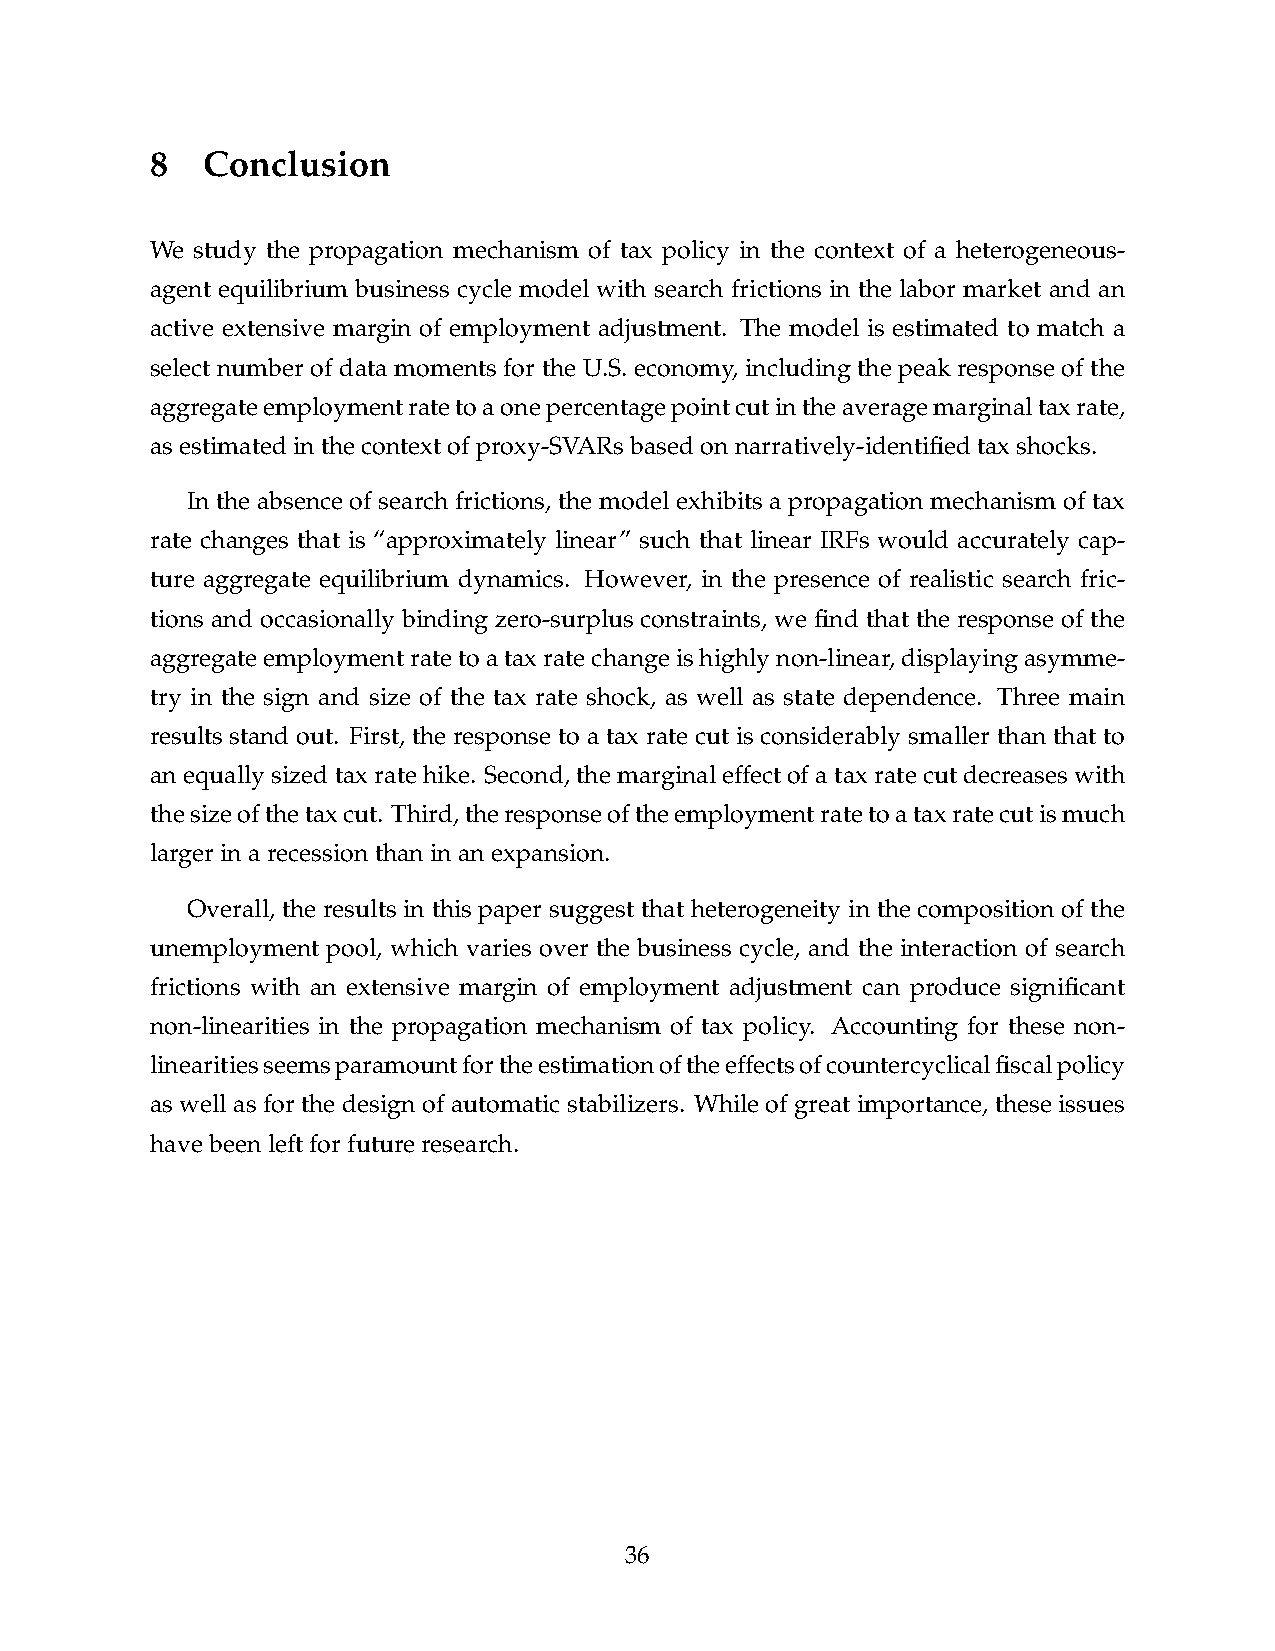
8  Conclusion
 We study the propagation mechanism of tax policy in the context of a heterogeneous-
 agent equilibrium business cycle model with search frictions in the labor market and an
 active extensive margin of employment adjustment. The model is estimated to match a
 select number of data moments for the U.S. economy, including the peak response of the
 aggregateemploymentratetoaonepercentagepointcutintheaveragemarginaltaxrate,
 asestimatedinthecontextofproxy-SVARsbasedonnarratively-identifiedtaxshocks.
 In the absence of search frictions, the model exhibits a propagation mechanism of tax
 rate changes that is “approximately linear” such that linear IRFs would accurately cap-
 ture aggregate equilibrium dynamics. However, in the presence of realistic search fric-
 tions and occasionally binding zero-surplus constraints, we find that the response of the
 aggregateemploymentratetoataxratechangeishighlynon-linear,displayingasymme-
 try in the sign and size of the tax rate shock, as well as state dependence. Three main
 results stand out. First, the response to a tax rate cut is considerably smaller than that to
 anequallysizedtaxratehike. Second,themarginaleffectofataxratecutdecreaseswith
 thesizeofthetaxcut. Third,theresponseoftheemploymentratetoataxratecutismuch
 largerinarecessionthaninanexpansion.
 Overall, the results in this paper suggest that heterogeneity in the composition of the
 unemployment pool, which varies over the business cycle, and the interaction of search
 frictions with an extensive margin of employment adjustment can produce significant
 non-linearities in the propagation mechanism of tax policy. Accounting for these non-
 linearitiesseemsparamountfortheestimationoftheeffectsofcountercyclicalfiscalpolicy
 as well as for the design of automatic stabilizers. While of great importance, these issues
 havebeenleftforfutureresearch.
 36